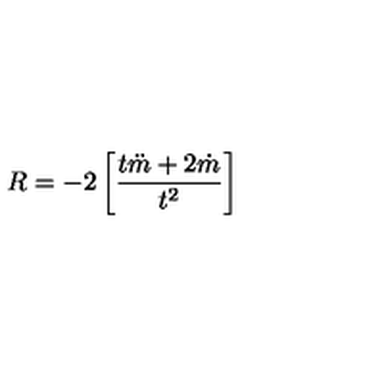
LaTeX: R = - 2 \left[ \frac { t \ddot { m } + 2 \dot { m } } { t ^ { 2 } } \right]